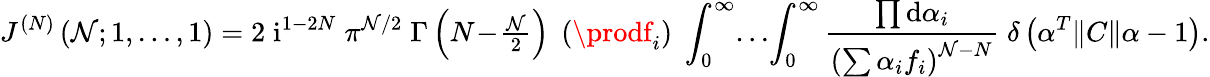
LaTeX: J^{(N)}\left(\mathcal{N};1,\ldots,1\right)=2\; \mathrm{{i}}^{1-2N}\; \pi^{\mathcal{N}/2}\; \Gamma\left(N\! -\! {\textstyle{\frac{{\mathcal{N}}}{{2}}}}\right)\; \left(\prodf_{i}\right)\; \int_{0}^{\infty}\! \ldots\! \int_{0}^{\infty}\frac{{\prod\mathrm{{d}}\alpha_{i}}}{{\left(\sum\alpha_{i}f_{i}\right)^{\mathcal{N}-N}}}\; \delta\left(\alpha^{T}\| C\| \alpha-1\right).